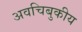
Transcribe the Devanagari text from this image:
अवचिबुकीय